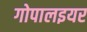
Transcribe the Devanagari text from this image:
गोपालइयर